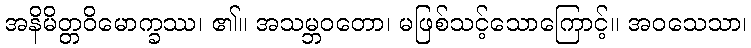
အနိမိတ္တဝိမောက္ခဿ၊ ၏။ အသမ္ဘဝတော၊ မဖြစ်သင့်သောကြောင့်။ အဝသေသာ၊